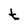
Character: t